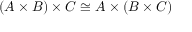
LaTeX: ( A \times B ) \times C \cong A \times ( B \times C )